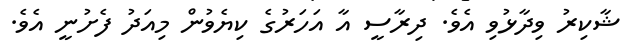
ޝާކިރު ވިދާޅުވި އެވެ. ދިރާސީ އާ އަހަރުގެ ކިޔެވުން މިއަދު ފެށުނީ އެވެ.